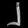
Digit: ၂